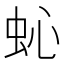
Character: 𱿜